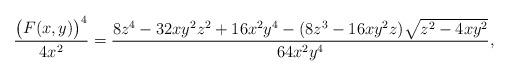
LaTeX: \begin{align*}\frac{\big(F(x,y)\big)^4}{4x^2}=\frac{8z^4-32xy^2z^2+16x^2y^4-(8z^3-16xy^2z)\sqrt{z^2-4xy^2}}{64x^2y^4},\end{align*}